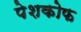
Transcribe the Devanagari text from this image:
पेशकोफ